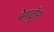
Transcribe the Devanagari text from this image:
मेगाट्रॉन